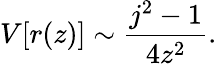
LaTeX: V[r(z)]\sim\frac{j^{2}-1}{4z^{2}}.